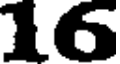
16